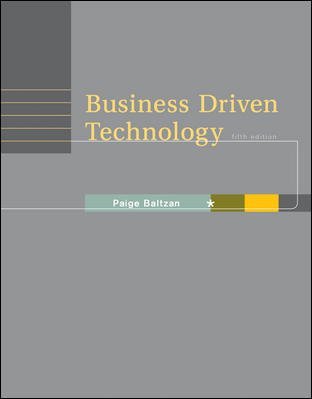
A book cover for Business Driven Technology; Paige Baltzan; Computers & Technology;